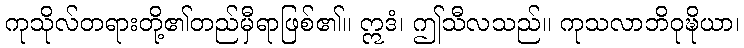
ကုသိုလ်တရားတို့၏တည်မှီရာဖြစ်၏။ ဣဒံ၊ ဤသီလသည်။ ကုသလာဘိဝုဍ္ဎိယာ၊